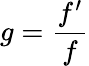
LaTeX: g={\frac{f^{\prime}}{f}}